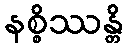
နစ္စိဿန္တိ